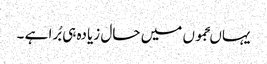
یہاںجموں میں حال زیادہ ہی بُرا ہے ۔